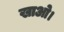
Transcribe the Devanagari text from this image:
खाओ।